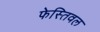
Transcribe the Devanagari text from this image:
फेस्तिवल